Scottish Leaving Certificate Examination, 1959
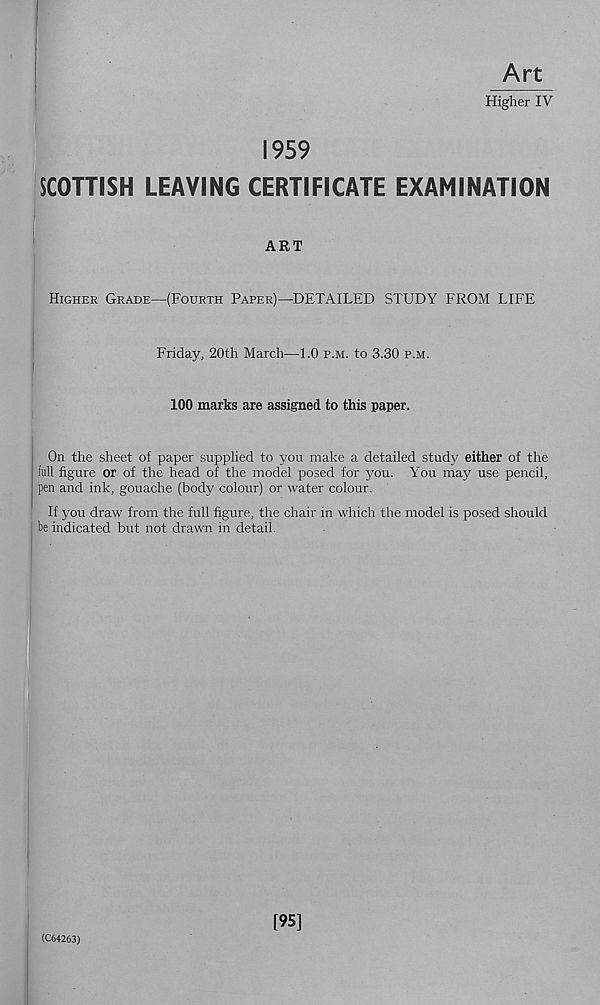
Art
Higher IV
1959
SCOTTISH LEAVING CERTIFICATE EXAMINATION
ART
Higher Grade—(Fourth Paper)—DETAILED STUDY FROM LIFE
Friday, 20th March—1.0 p.m. to 3.30 p.m.
100 marks are assigned to this paper.
On the sheet of paper supplied to you make a detailed study either of the
full figure or of the head of the model posed for you. You may use pencil,
pen and ink, gouache (bodjr colour) or water colour.
If you draw from the full figure, the chair in which the model is posed should
be indicated but not drawn in detail.
(C64263)
[95]